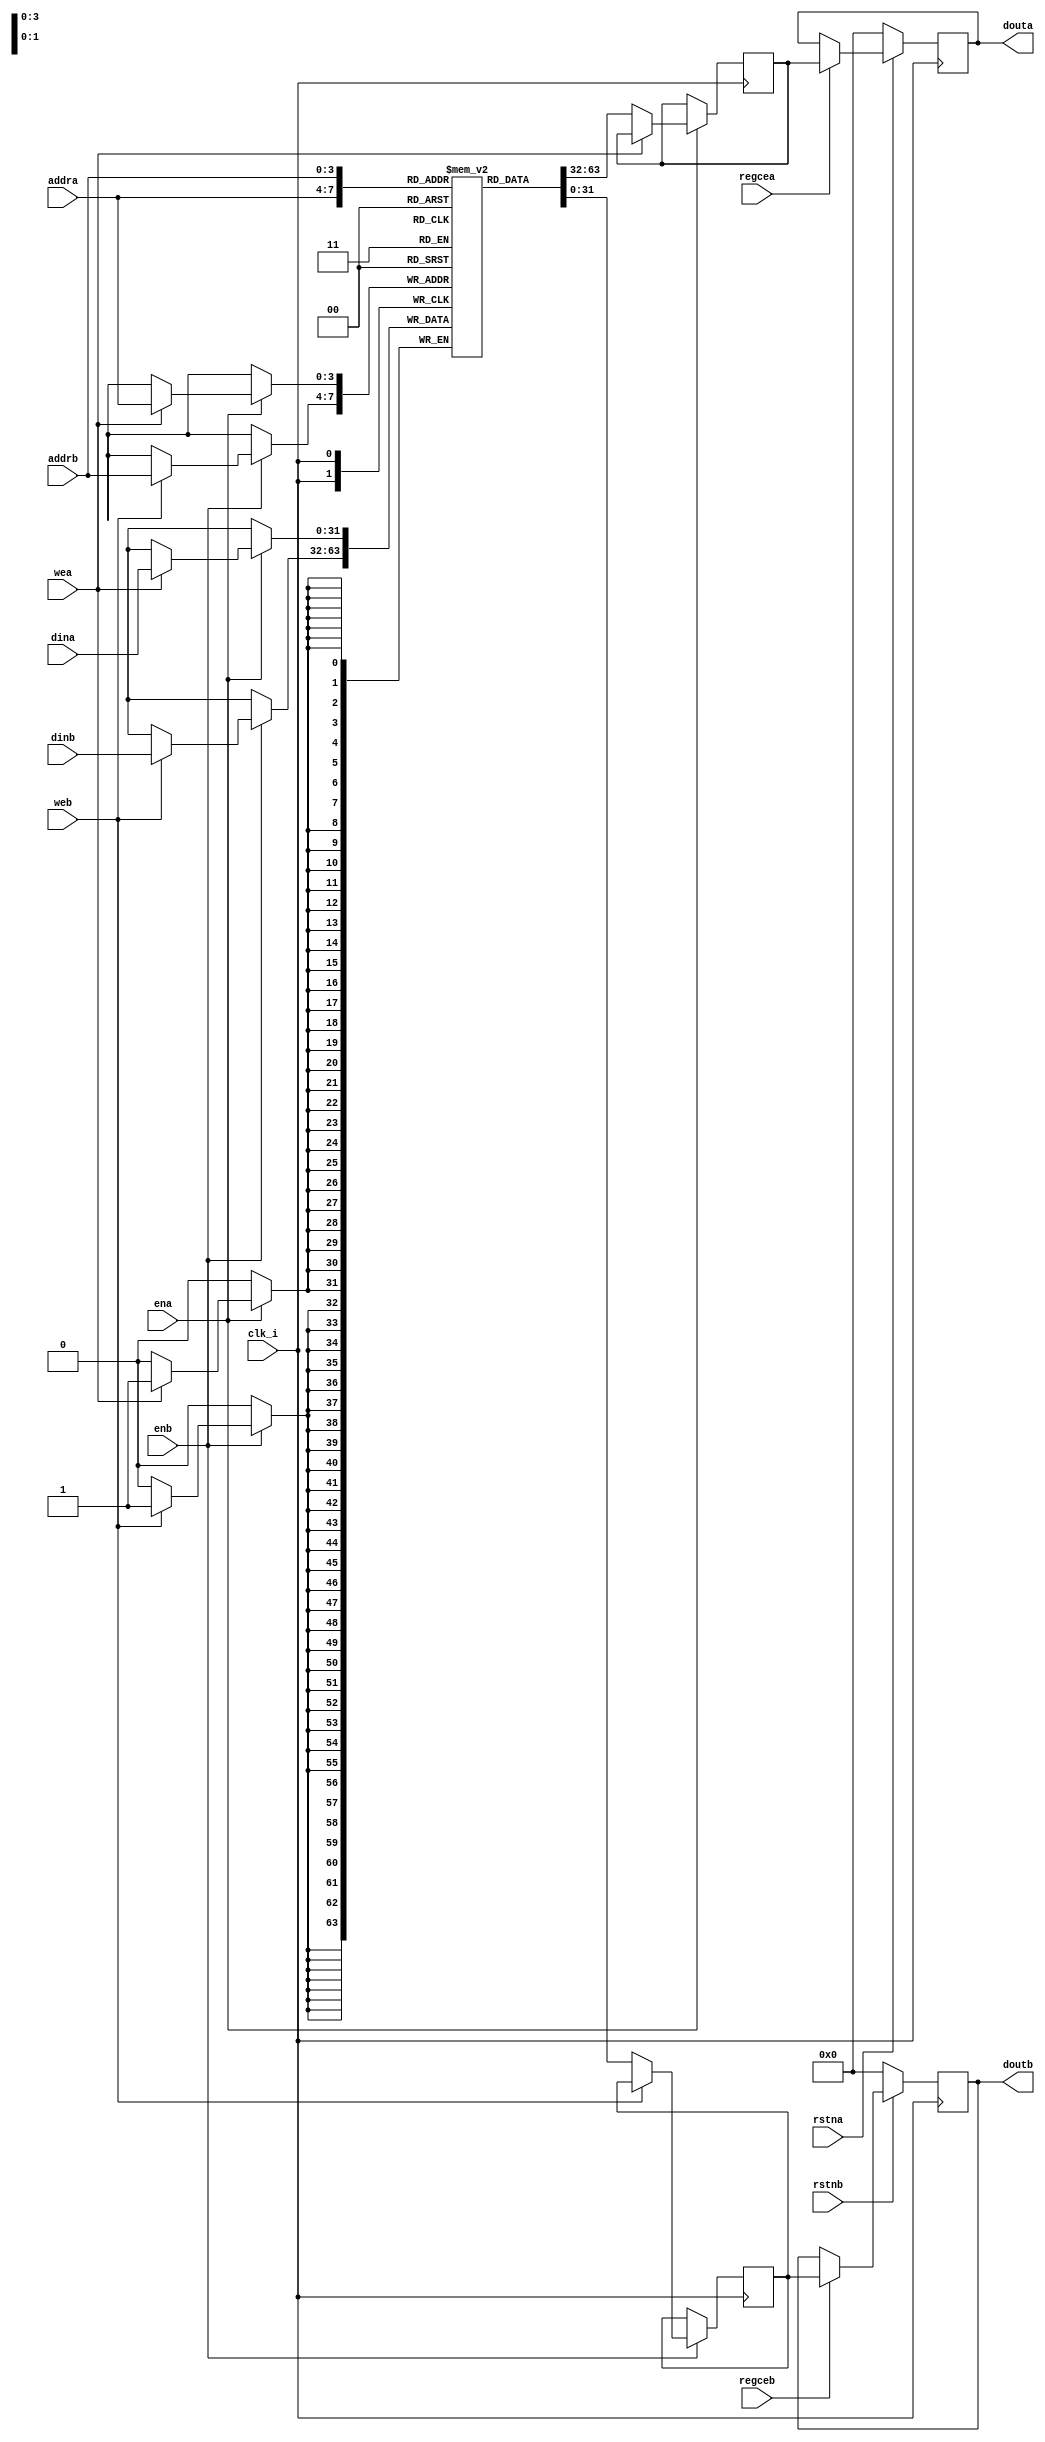
`timescale 1ns / 100ps

module dual_port_ram #(
  parameter RAM_WIDTH = 32,                                  // Specify RAM data width
  parameter ADDR_LINES = 4,                                 // Specify RAM (number of) address bits
  parameter RAM_DEPTH = 1 << ADDR_LINES                      // RAM depth (number of entries)
) (
  input wire [ADDR_LINES-1:0] addra,         // Port A address bus, width determined from RAM_DEPTH
  input wire [ADDR_LINES-1:0] addrb,         // Port B address bus, width determined from RAM_DEPTH
  input wire [RAM_WIDTH-1:0] dina,           // Port A RAM input data
  input wire [RAM_WIDTH-1:0] dinb,           // Port B RAM input data
  input wire clk_i,                          // Clock
  input wire wea,                            // Port A write enable
  input wire web,                            // Port B write enable
  input wire ena,                            // Port A RAM Enable, for additional power savings, disable port when not in use
  input wire enb,                            // Port B RAM Enable, for additional power savings, disable port when not in use
  input wire rstna,                          // Port A output reset (does not affect memory contents)
  input wire rstnb,                          // Port B output reset (does not affect memory contents)
  input wire regcea,                         // Port A output register enable
  input wire regceb,                         // Port B output register enable
  output wire [RAM_WIDTH-1:0] douta,         // Port A RAM output data
  output wire [RAM_WIDTH-1:0] doutb          // Port B RAM output data
);

  reg [RAM_WIDTH-1:0] BRAM [RAM_DEPTH-1:0];
  reg [RAM_WIDTH-1:0] ram_data_a;
  reg [RAM_WIDTH-1:0] ram_data_b;

  always @(posedge clk_i) begin
    if (ena) begin
      if (wea) BRAM[addra] <= dina;
      else ram_data_a <= BRAM[addra];
    end

    if (enb) begin
      if (web) BRAM[addrb] <= dinb;
      else ram_data_b <= BRAM[addrb];
    end
  end

  generate

    reg [RAM_WIDTH-1:0] douta_reg;
    reg [RAM_WIDTH-1:0] doutb_reg;

    always @(posedge clk_i) begin
        if (~rstna)
            douta_reg <= {RAM_WIDTH{1'b0}};
        else if (regcea)
            douta_reg <= ram_data_a;
    end

    always @(posedge clk_i) begin
        if (~rstnb)
            doutb_reg <= {RAM_WIDTH{1'b0}};
        else if (regceb)
            doutb_reg <= ram_data_b;
    end

    assign douta = douta_reg;
    assign doutb = doutb_reg;

  endgenerate

endmodule